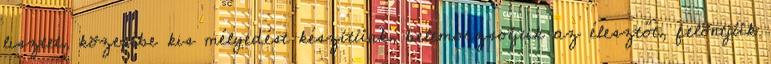
lisztet, közepébe kis mélyedést készítünk, belemorzsoljuk az élesztőt, felöntjük